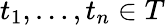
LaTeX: t_{1},\ldots,t_{n}\in T